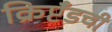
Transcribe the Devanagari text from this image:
क्रिप्टँडची